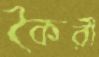
কৈরী